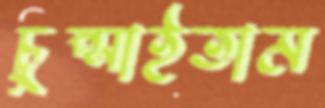
চুপ্‌সাইতাম